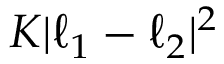
K | \boldsymbol { \ell } _ { 1 } - \boldsymbol { \ell } _ { 2 } | ^ { 2 }